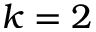
k = 2